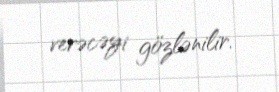
verəcəyi gözlənilir.